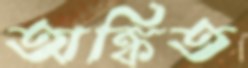
অঙ্কিত